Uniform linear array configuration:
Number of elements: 48
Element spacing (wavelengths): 0.75
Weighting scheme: hamming
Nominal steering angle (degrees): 45
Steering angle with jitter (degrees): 43.287
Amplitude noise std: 0.05
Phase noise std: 0.05

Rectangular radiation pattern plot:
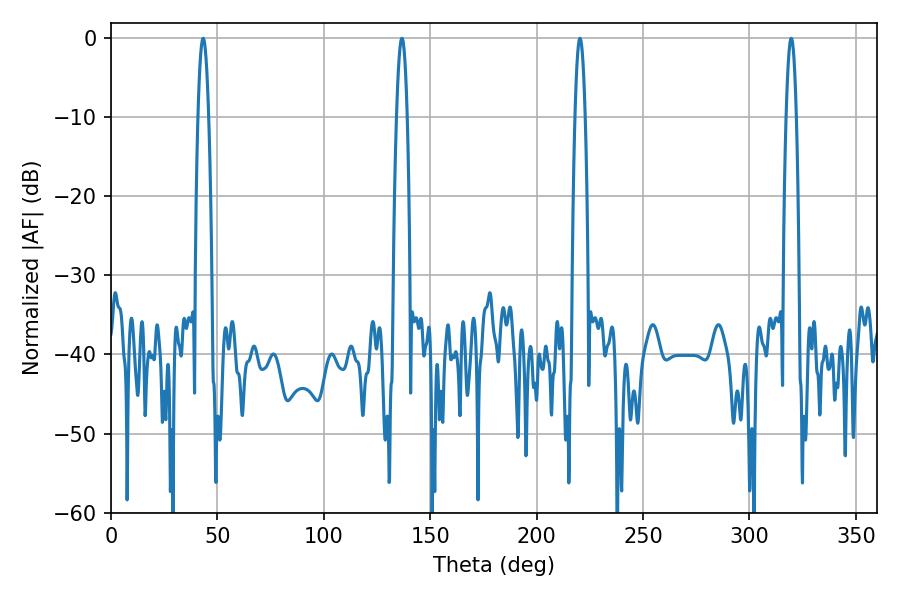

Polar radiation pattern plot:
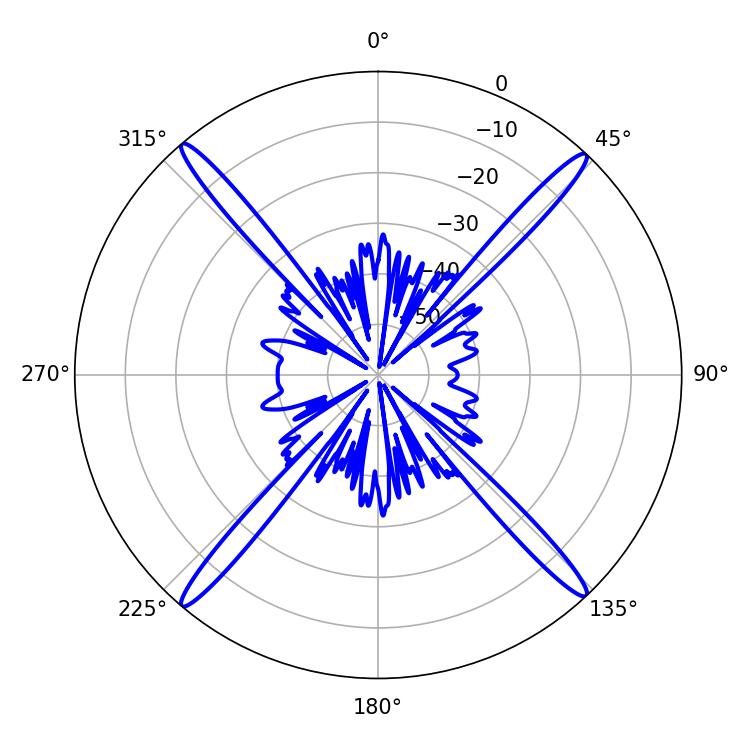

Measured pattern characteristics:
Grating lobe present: TRUE
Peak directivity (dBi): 24.514
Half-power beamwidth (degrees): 2.52
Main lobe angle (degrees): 220.32